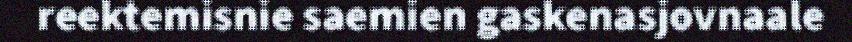
reektemisnie saemien gaskenasjovnaale